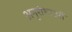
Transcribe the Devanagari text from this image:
अनुशंशाओं